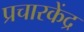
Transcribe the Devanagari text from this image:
प्रचारकेंद्र